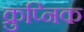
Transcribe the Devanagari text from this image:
क्रुप्निक